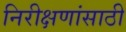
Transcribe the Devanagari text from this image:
निरीक्षणांसाठी